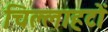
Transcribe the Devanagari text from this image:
चिल्लाहटों